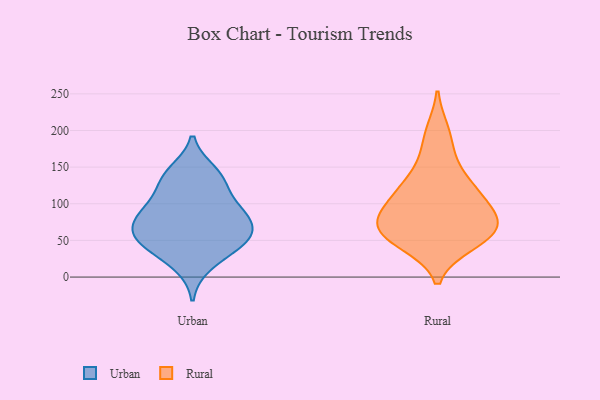
{"axis": {"x": "Gross Profit (USD K)", "y": "Value"}, "legend": ["Rural", "Urban"], "data": [{"x": "", "y": 95, "type": "Urban"}, {"x": "", "y": 80, "type": "Urban"}, {"x": "", "y": 132, "type": "Urban"}, {"x": "", "y": 56, "type": "Urban"}, {"x": "", "y": 82, "type": "Urban"}, {"x": "", "y": 48, "type": "Urban"}, {"x": "", "y": 143, "type": "Urban"}, {"x": "", "y": 93, "type": "Urban"}, {"x": "", "y": 132, "type": "Urban"}, {"x": "", "y": 44, "type": "Urban"}, {"x": "", "y": 17, "type": "Urban"}, {"x": "", "y": 66, "type": "Urban"}, {"x": "", "y": 49, "type": "Urban"}, {"x": "", "y": 119, "type": "Rural"}, {"x": "", "y": 65, "type": "Rural"}, {"x": "", "y": 164, "type": "Rural"}, {"x": "", "y": 127, "type": "Rural"}, {"x": "", "y": 59, "type": "Rural"}, {"x": "", "y": 45, "type": "Rural"}, {"x": "", "y": 92, "type": "Rural"}, {"x": "", "y": 73, "type": "Rural"}, {"x": "", "y": 47, "type": "Rural"}, {"x": "", "y": 76, "type": "Rural"}, {"x": "", "y": 199, "type": "Rural"}, {"x": "", "y": 116, "type": "Rural"}, {"x": "", "y": 82, "type": "Rural"}]}